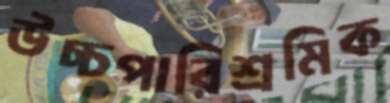
উচ্চপারিশ্রমিক